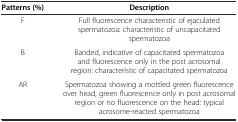
| Patterns (%) | Description |
 | --- | --- |
 | F | Full fluorescence characteristic of ejaculated spermatozoa: characteristic of uncapacitated spermatozoa |
 | B | Banded, indicative of capacitated spermatozoa and fluorescence only in the post acrosomal region: characteristic of capacitated spermatozoa |
 | AR | Spermatozoa showing a mottled green fluorescence over head, green fluorescence only in post acrosomal region or no fluorescence on the head: typical acrosome-reacted spermatozoa |